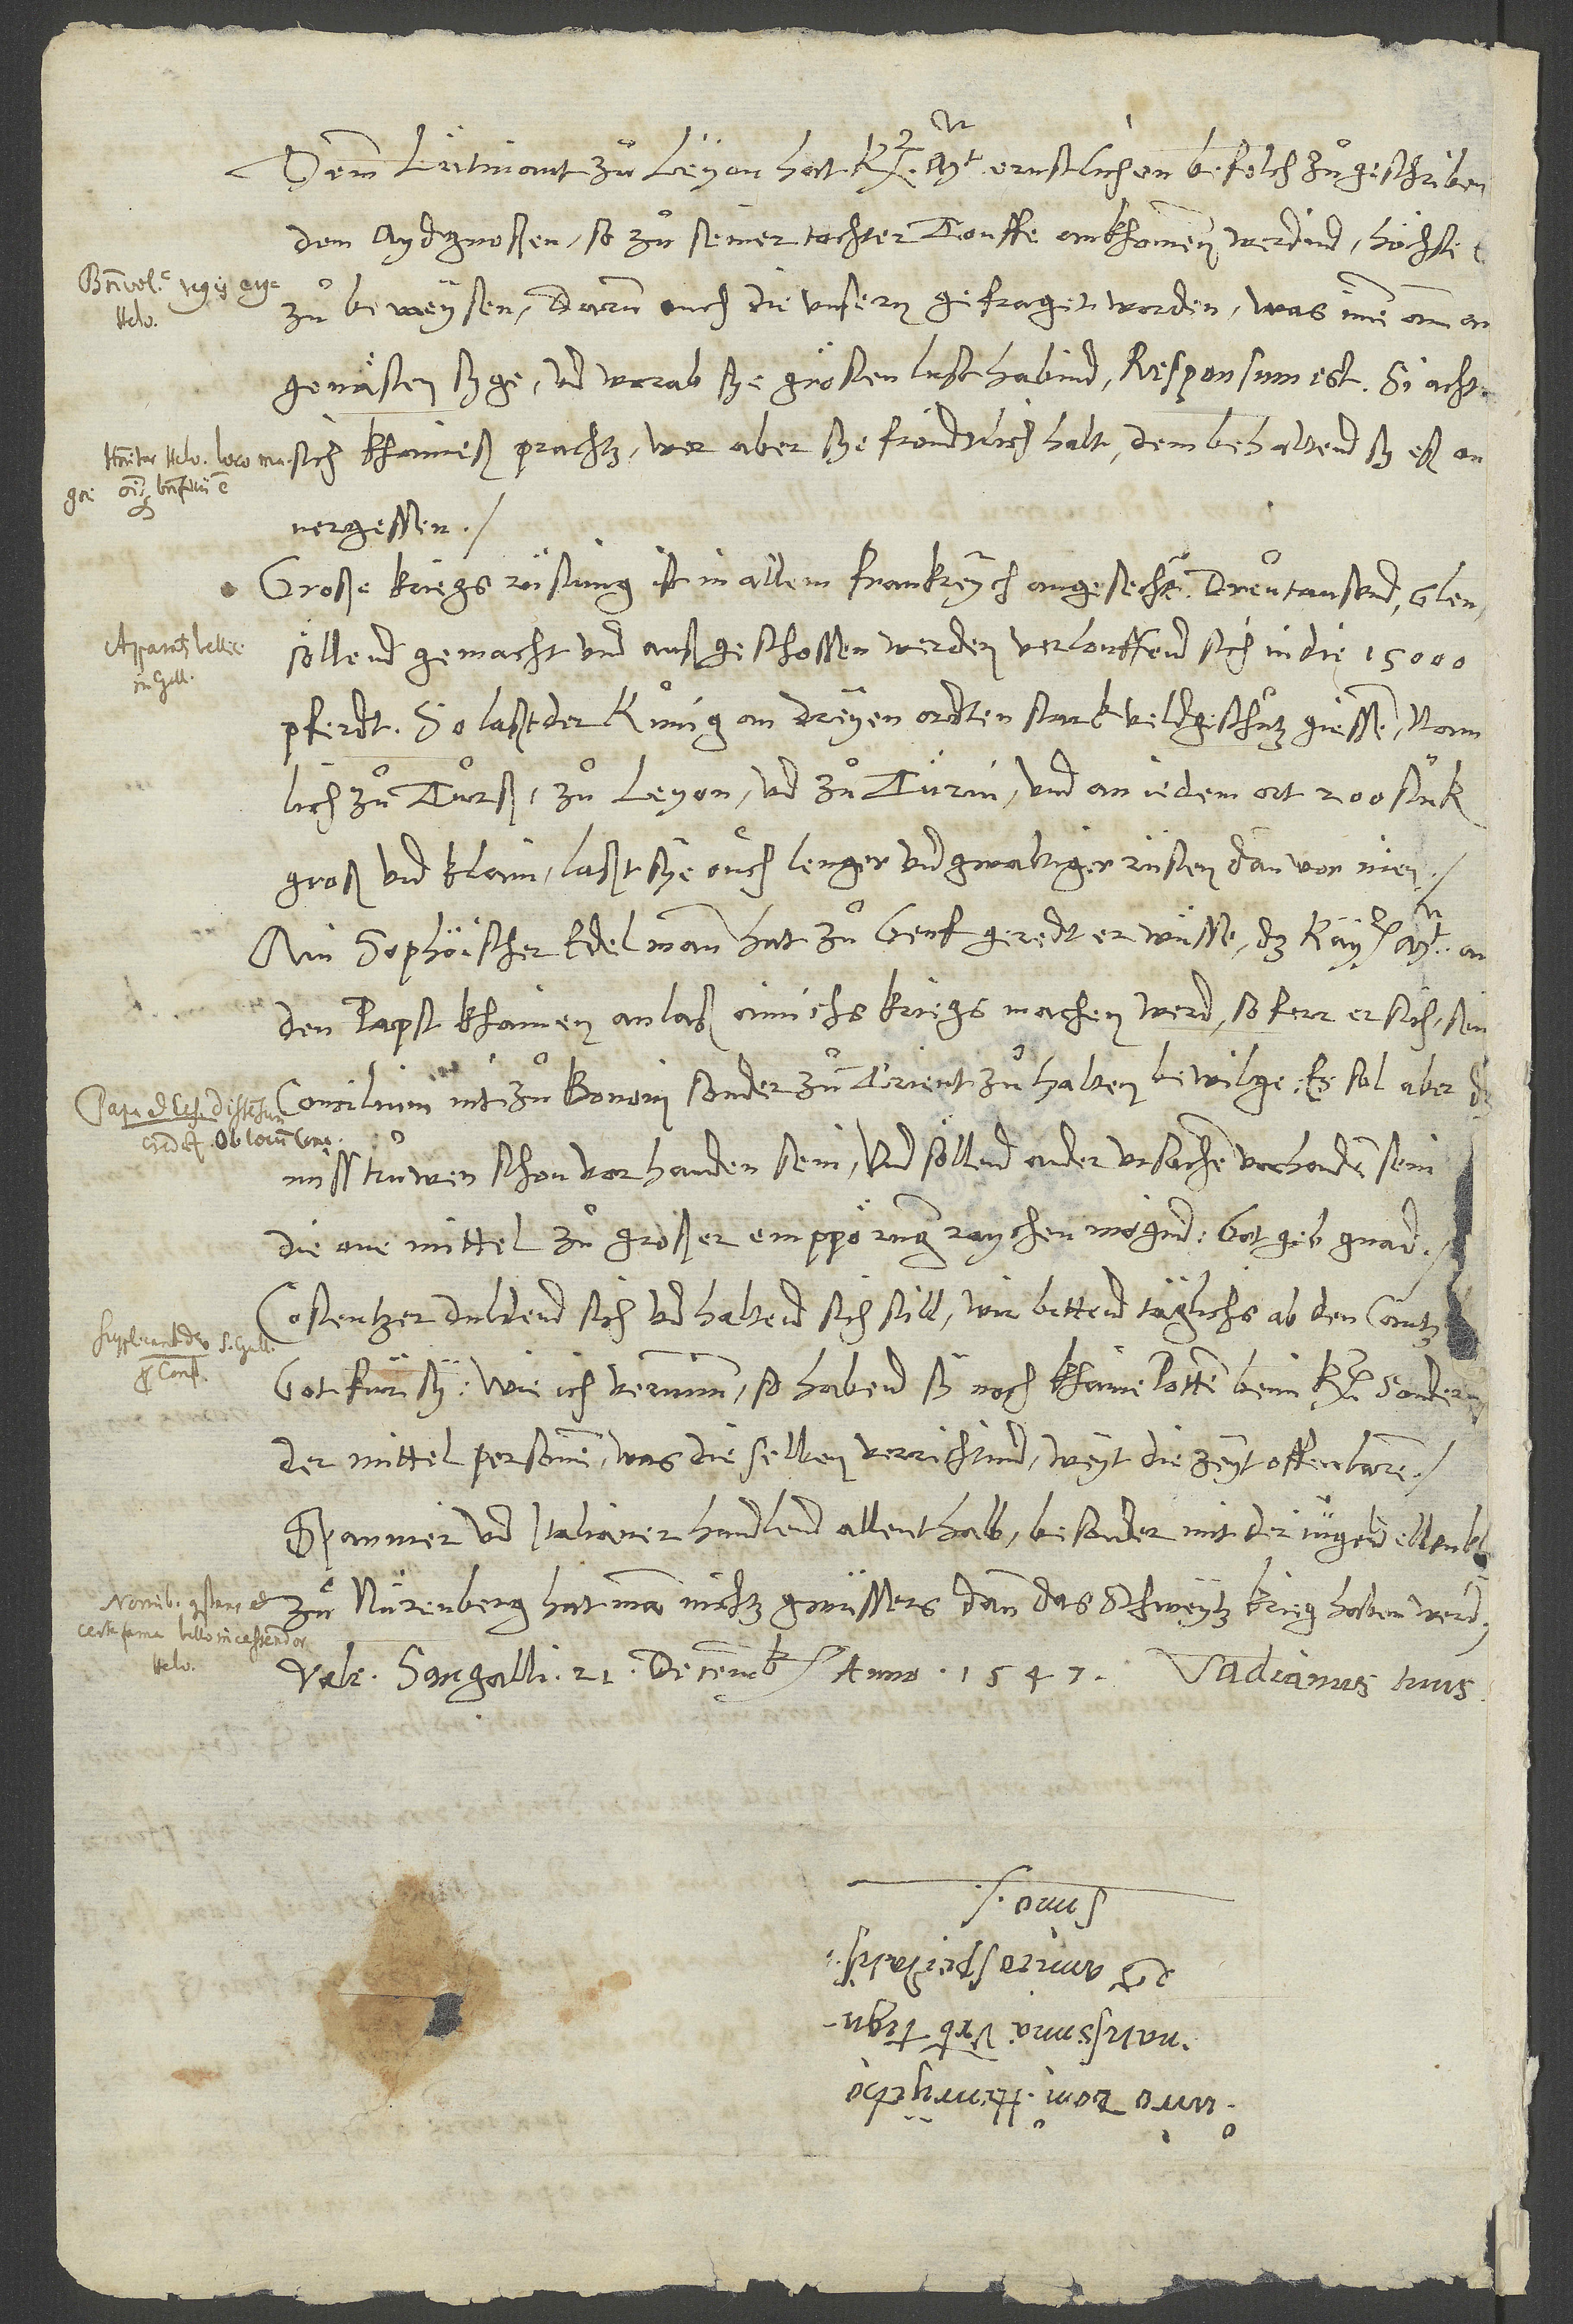
Dem lütinant zuͦ Leyon hat kt ernstlichen befelch zugeschriben,
den aydgnossen, so zuͦ seiner tochter touffe ankhommen werdind, höchste
zuͦ beweysen; darum ouch die unsern gefraget worden, was inen amm
angemäßen syge und worab sye grösten lust habind. Responsum est, si achtind
sich khaineß prachtz. Wer aber sye fröndtlich halt, dem behaltend sy eß
onvergessen.
Große kriegsrüstung ist in allem Frankreych angesechen. Dreutausend glen
söllend gemacht und außgeschossen werden. Verlouffend sich in die 15'000
pferdt. So laßt der kunig an dreyen ordten stark veldgeschütz giessen, namlich
zuͦ Turß, zuͦ Leyon und zuͦ Turin, und an jedem ort 200 stük,
groß und klain. Laßt sye ouch lenger und gwaltiger rüsten dan vor nien!
Ain sophöischer edelmann hat zuͦ Genf geredt, er wüsse, das kay. mt. on
den papst khainen anlaß ainichs kriegs machen werd, so fern er sich sin
concilium nit zuͦ Bononi, sonder zuͦ Trient zuͦ halten bewilge. Es sol aber
S.
misstruwen schon vorhanden sein, und söllend ander ursachen vorhanden sein,
die one mittel zuͦ großer emppörung raychen mögind. Got geb gnad!
Costentzer duldend sich und haltend sich still. Wir bittend täglich ab den cantzlen
got für sy. Wie ich vernimm, so habend sy noch khaine potten beim k, sonder
ander mittelpersonen. Was dieselben verrichtind, weyt die zeyt offenbaren.
Spannier und Italianer handlend allenthalb, besonder mit der jugent, ellenklich.
Zuͦ Nürenberg hat man nichtz gwüssers, dann das Schweytz krieg haben werd.
Vale. Sangalli, 21. decembris anno 1547.